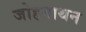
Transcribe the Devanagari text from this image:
जोहनाथन